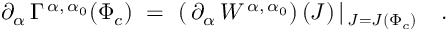
\partial _ { \alpha } \, \Gamma ^ { \, \alpha , \, \alpha _ { 0 } } ( \Phi _ { c } ) \ = \ \left( \, \partial _ { \alpha } \, W ^ { \, \alpha , \, \alpha _ { 0 } } \right) ( J ) \, \vert _ { \, J = J ( \Phi _ { c } ) } \quad .